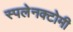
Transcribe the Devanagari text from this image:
स्पलेनक्टोमी